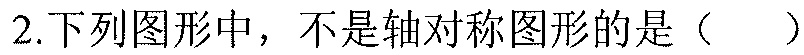
2.下列图形中，不是轴对称图形的是（  ）